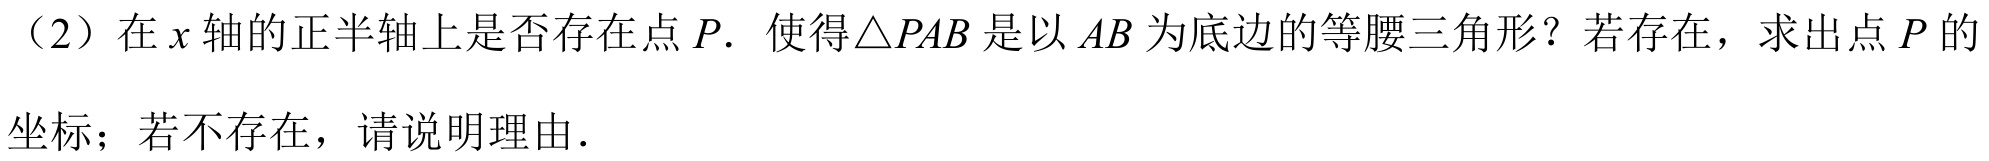
（2）在\(x\)轴的正半轴上是否存在点\(P\). 使得\(\triangle PAB\)是以\(AB\)为底边的等腰三角形？若存在，求出点\(P\)的坐标；若不存在，请说明理由.